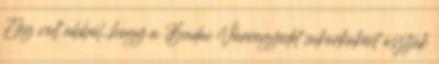
Elég volt abból, hogy a Budai Várnegyedet cukorkaként osztják